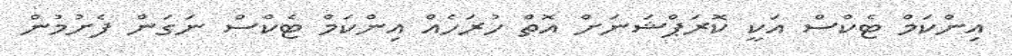
އިންކަމް ޓެކްސް އަކީ ކޮރަޕްޝަނަށް އޮތް ހުރަހެއް އިންކަމް ޓެކްސް ނަގަަން ފެށުމުން